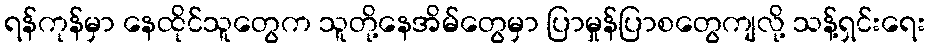
ရန်ကုန်မှာ နေထိုင်သူတွေက သူတို့နေအိမ်တွေမှာ ပြာမှုန်ပြာစတွေကျလို့ သန့်ရှင်းရေး